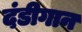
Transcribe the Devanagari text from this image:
दंडीगान